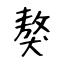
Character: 獒